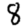
Digit: 8